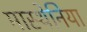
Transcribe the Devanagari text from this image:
मास्थेनिया